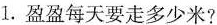
1.盈盈每天要走多少米?